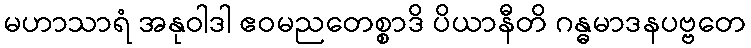
မဟာသာရံ အနုဝါဒါ ဧဝမညတေစ္စာဒိ ပိယာနီတိ ဂန္ဓမာဒနပဗ္ဗတေ